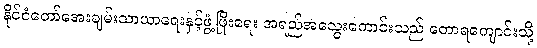
နိုင်ငံတော်အေးချမ်းသာယာရေးနှင့်ဖွံ့ဖြိုးရေး အရည်အသွေးကောင်းသည် တောရကျောင်းသို့